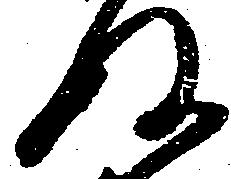
ぬ